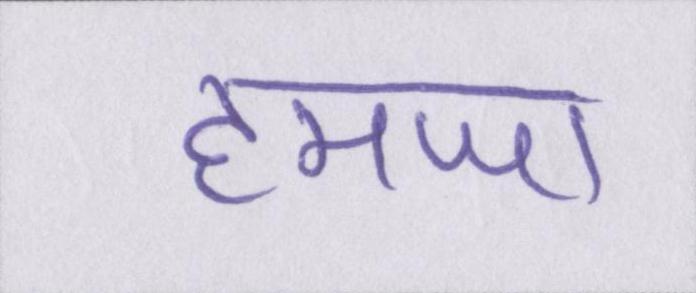
हमजा